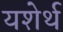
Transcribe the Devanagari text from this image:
यशेर्थ